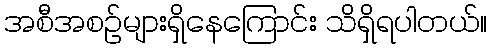
အစီအစဉ်များရှိနေကြောင်း သိရှိရပါတယ်။